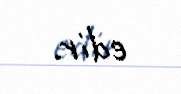
edir.